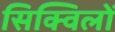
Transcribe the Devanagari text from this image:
सिक्विलों